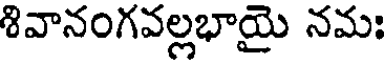
శివానంగవల్లభాయై నమః